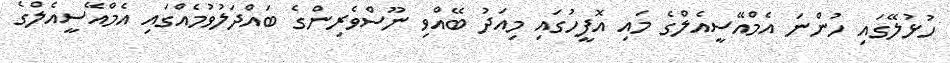
ހުޅުލޭގައި ހުންނަ އެމްއޭސީއެލްގެ މައި އޮފީހުގައި މިއަދު ބޭއްވި ނޫސްވެރިންގެ ބައްދަލުވުމެއްގައި އެމްއޭސީއެލްގެ